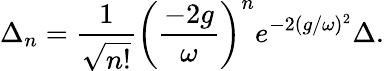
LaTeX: \Delta_{n}=\frac{1}{\sqrt{n!}}\left(\frac{-2g}{\omega}\right)^{n}e^{-2(g/\omega)^{2}}\Delta.